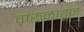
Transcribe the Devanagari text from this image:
वारुळातून